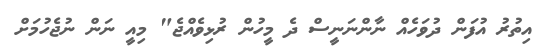
އިތުރު އުފަން ދުވަހެއް ނާންނަނީސް ދެ މީހުން ރުޅިވެއްޖެ" މިއީ ނަން ނުޖެހުމަށް